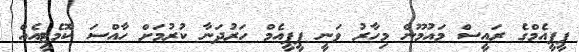
ޕީޕީއެމްގެ ރައީސް މައުމޫން މިހާރު ވަނީ ޕީޕީއެމް ހަރުދަނާ ކުރުމަށް ހާއްސަ ކޮމެޓީއެއް